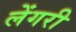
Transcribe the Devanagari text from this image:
लेंगरी